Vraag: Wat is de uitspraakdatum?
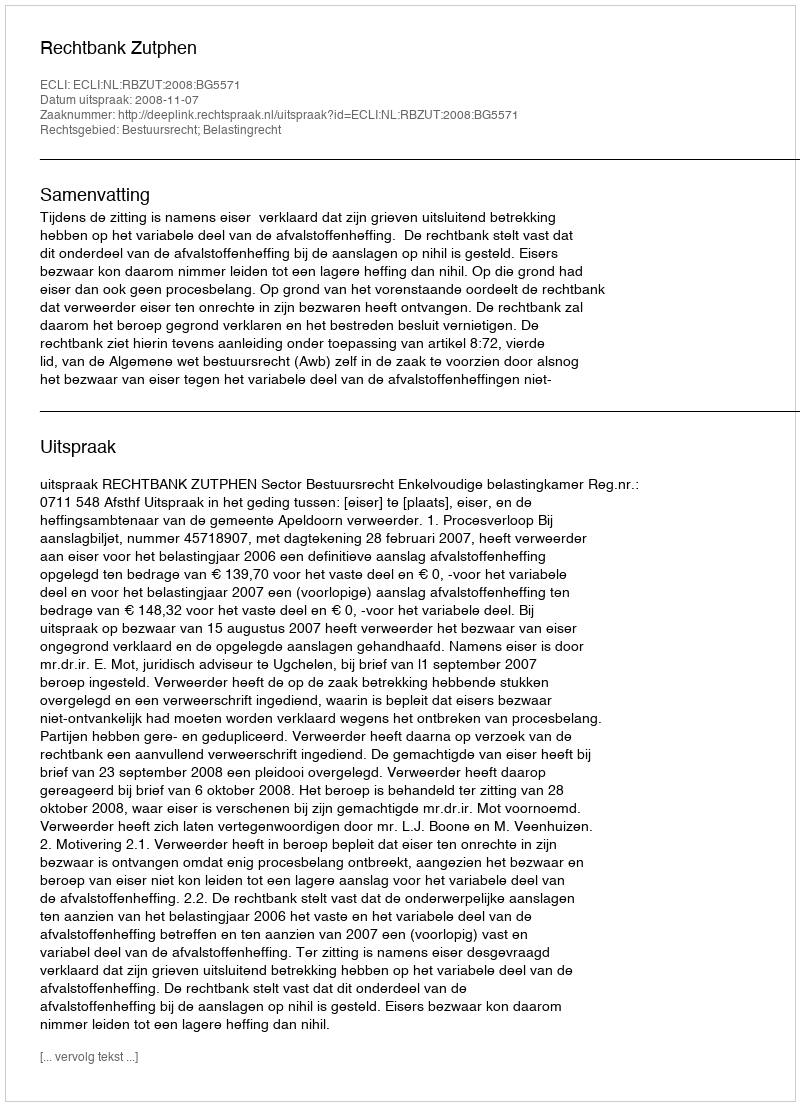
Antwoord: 2008-11-07